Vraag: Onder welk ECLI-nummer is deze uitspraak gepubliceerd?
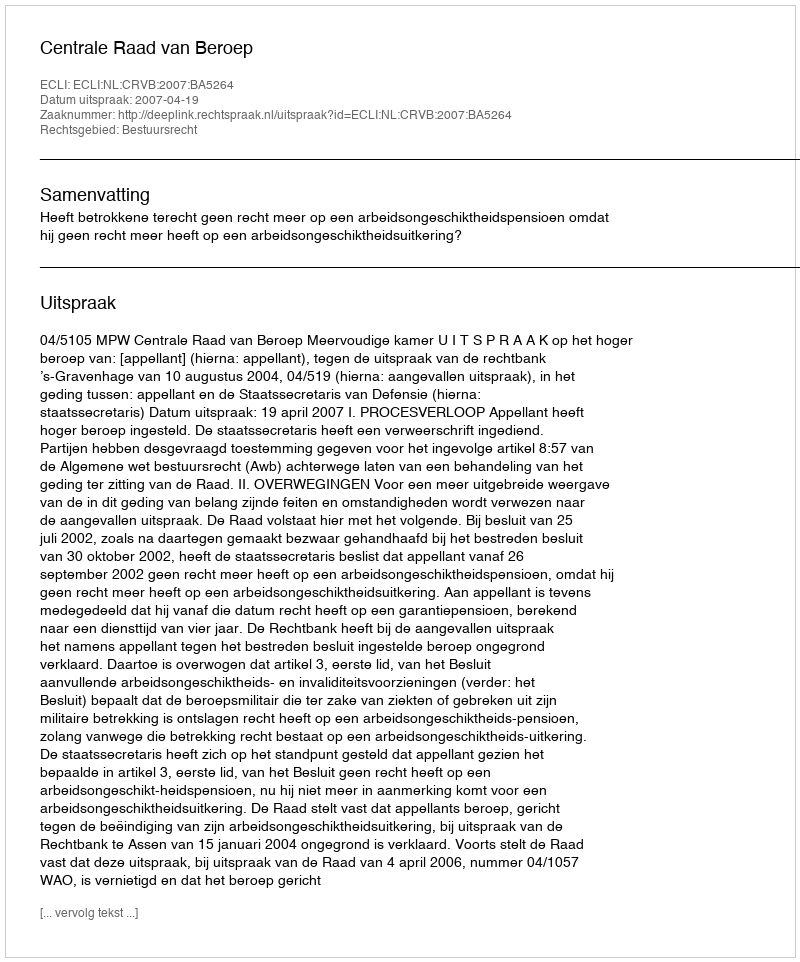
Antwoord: ECLI:NL:CRVB:2007:BA5264